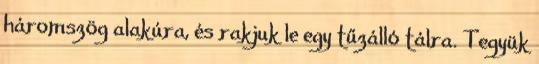
háromszög alakúra, és rakjuk le egy tűzálló tálra. Tegyük